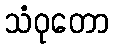
သံဝုတော